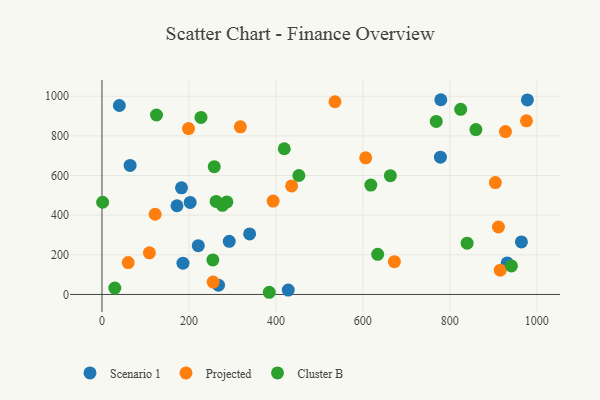
{"axis": {"x": "Engine Size", "y": "Salary"}, "legend": ["Cluster B", "Projected", "Scenario 1"], "data": [{"x": "779.3", "y": 982.3, "type": "Scenario 1"}, {"x": "182.9", "y": 537.7, "type": "Scenario 1"}, {"x": "172.5", "y": 447.4, "type": "Scenario 1"}, {"x": "339.6", "y": 305.5, "type": "Scenario 1"}, {"x": "268.0", "y": 46.8, "type": "Scenario 1"}, {"x": "186.3", "y": 157.6, "type": "Scenario 1"}, {"x": "64.7", "y": 651.0, "type": "Scenario 1"}, {"x": "932.0", "y": 159.0, "type": "Scenario 1"}, {"x": "221.5", "y": 246.2, "type": "Scenario 1"}, {"x": "778.4", "y": 692.5, "type": "Scenario 1"}, {"x": "428.4", "y": 22.1, "type": "Scenario 1"}, {"x": "40.0", "y": 953.2, "type": "Scenario 1"}, {"x": "202.9", "y": 464.1, "type": "Scenario 1"}, {"x": "292.7", "y": 268.1, "type": "Scenario 1"}, {"x": "964.7", "y": 264.9, "type": "Scenario 1"}, {"x": "978.4", "y": 981.2, "type": "Scenario 1"}, {"x": "318.3", "y": 845.8, "type": "Projected"}, {"x": "606.6", "y": 689.3, "type": "Projected"}, {"x": "199.0", "y": 837.0, "type": "Projected"}, {"x": "436.2", "y": 547.5, "type": "Projected"}, {"x": "109.0", "y": 209.8, "type": "Projected"}, {"x": "976.3", "y": 875.7, "type": "Projected"}, {"x": "904.8", "y": 564.6, "type": "Projected"}, {"x": "255.7", "y": 62.6, "type": "Projected"}, {"x": "122.3", "y": 404.7, "type": "Projected"}, {"x": "535.9", "y": 972.0, "type": "Projected"}, {"x": "916.0", "y": 122.5, "type": "Projected"}, {"x": "928.0", "y": 821.6, "type": "Projected"}, {"x": "672.6", "y": 165.2, "type": "Projected"}, {"x": "393.6", "y": 471.2, "type": "Projected"}, {"x": "911.9", "y": 340.3, "type": "Projected"}, {"x": "60.3", "y": 160.8, "type": "Projected"}, {"x": "258.2", "y": 644.4, "type": "Cluster B"}, {"x": "839.8", "y": 258.9, "type": "Cluster B"}, {"x": "663.3", "y": 599.1, "type": "Cluster B"}, {"x": "287.2", "y": 467.0, "type": "Cluster B"}, {"x": "618.3", "y": 551.7, "type": "Cluster B"}, {"x": "255.0", "y": 174.3, "type": "Cluster B"}, {"x": "941.7", "y": 143.7, "type": "Cluster B"}, {"x": "29.5", "y": 32.1, "type": "Cluster B"}, {"x": "634.1", "y": 202.4, "type": "Cluster B"}, {"x": "419.3", "y": 734.9, "type": "Cluster B"}, {"x": "384.7", "y": 11.0, "type": "Cluster B"}, {"x": "825.0", "y": 934.1, "type": "Cluster B"}, {"x": "452.8", "y": 600.0, "type": "Cluster B"}, {"x": "227.7", "y": 892.9, "type": "Cluster B"}, {"x": "262.5", "y": 469.5, "type": "Cluster B"}, {"x": "277.0", "y": 449.4, "type": "Cluster B"}, {"x": "768.8", "y": 872.7, "type": "Cluster B"}, {"x": "860.0", "y": 831.7, "type": "Cluster B"}, {"x": "125.4", "y": 905.3, "type": "Cluster B"}, {"x": "1.5", "y": 465.1, "type": "Cluster B"}]}